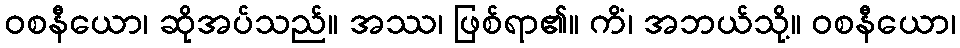
ဝစနီယော၊ ဆိုအပ်သည်။ အဿ၊ ဖြစ်ရာ၏။ ကိံ၊ အဘယ်သို့။ ဝစနီယော၊